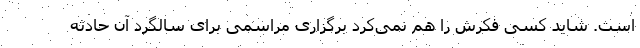
است. شاید کسی فکرش را هم نمی‌کرد برگزاری مراسمی برای سالگرد آن حادثه